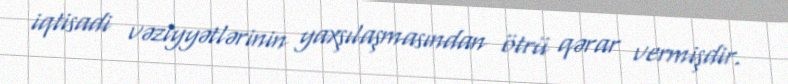
iqtisadi vəziyyətlərinin yaxşılaşmasından ötrü qərar vermişdir.